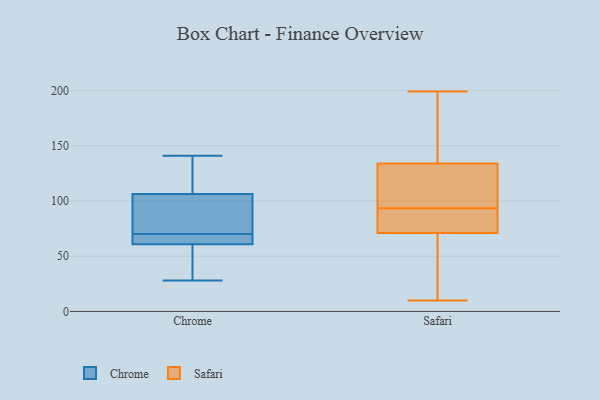
{"axis": {"x": "Active Users", "y": "Value"}, "legend": ["Chrome", "Safari"], "data": [{"x": "", "y": 70, "type": "Chrome"}, {"x": "", "y": 83, "type": "Chrome"}, {"x": "", "y": 101, "type": "Chrome"}, {"x": "", "y": 38, "type": "Chrome"}, {"x": "", "y": 60, "type": "Chrome"}, {"x": "", "y": 63, "type": "Chrome"}, {"x": "", "y": 118, "type": "Chrome"}, {"x": "", "y": 70, "type": "Chrome"}, {"x": "", "y": 141, "type": "Chrome"}, {"x": "", "y": 108, "type": "Chrome"}, {"x": "", "y": 28, "type": "Chrome"}, {"x": "", "y": 83, "type": "Safari"}, {"x": "", "y": 109, "type": "Safari"}, {"x": "", "y": 142, "type": "Safari"}, {"x": "", "y": 94, "type": "Safari"}, {"x": "", "y": 73, "type": "Safari"}, {"x": "", "y": 145, "type": "Safari"}, {"x": "", "y": 10, "type": "Safari"}, {"x": "", "y": 86, "type": "Safari"}, {"x": "", "y": 101, "type": "Safari"}, {"x": "", "y": 116, "type": "Safari"}, {"x": "", "y": 199, "type": "Safari"}, {"x": "", "y": 71, "type": "Safari"}, {"x": "", "y": 147, "type": "Safari"}, {"x": "", "y": 20, "type": "Safari"}, {"x": "", "y": 93, "type": "Safari"}, {"x": "", "y": 50, "type": "Safari"}, {"x": "", "y": 134, "type": "Safari"}, {"x": "", "y": 13, "type": "Safari"}]}